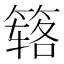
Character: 𰪏